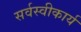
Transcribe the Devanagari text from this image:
सर्वस्वीकार्य